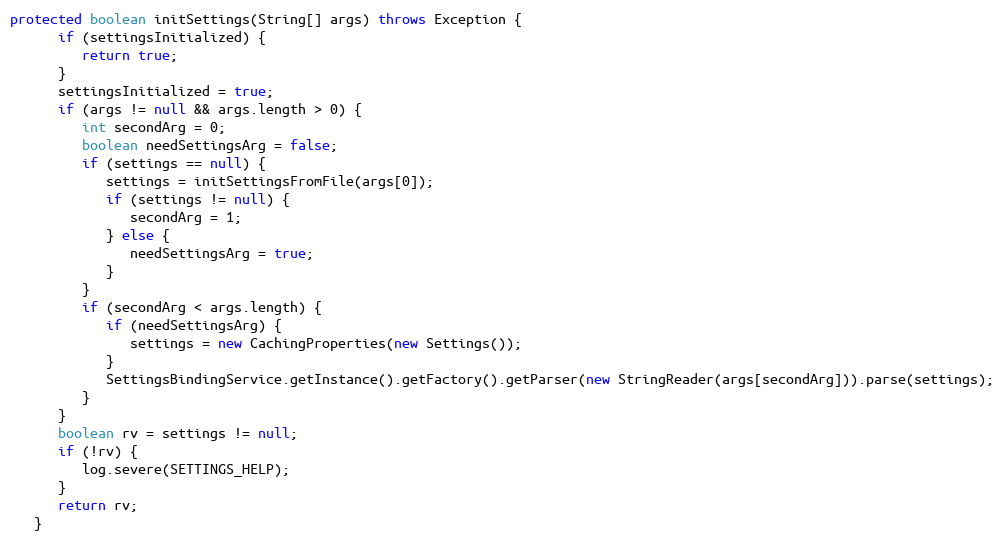
Language: Java
protected boolean initSettings(String[] args) throws Exception {
      if (settingsInitialized) {
         return true;
      }
      settingsInitialized = true;
      if (args != null && args.length > 0) {
         int secondArg = 0;
         boolean needSettingsArg = false;
         if (settings == null) {
            settings = initSettingsFromFile(args[0]);
            if (settings != null) {
               secondArg = 1;
            } else {
               needSettingsArg = true;
            }
         }
         if (secondArg < args.length) {
            if (needSettingsArg) {
               settings = new CachingProperties(new Settings());
            }
            SettingsBindingService.getInstance().getFactory().getParser(new StringReader(args[secondArg])).parse(settings);
         }
      }
      boolean rv = settings != null;
      if (!rv) {
         log.severe(SETTINGS_HELP);
      }
      return rv;
   }